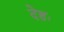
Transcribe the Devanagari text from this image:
देहः